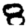
Digit: 8